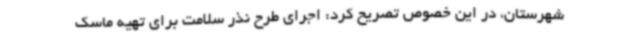
شهرستان، در این خصوص تصریح کرد: اجرای طرح نذر سلامت برای تهیه ماسک